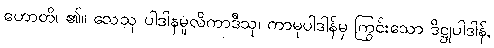
ဟောတိ၊ ၏။ သေသု ပါဒါနမူလိကာဒီသု၊ ကာမုပါဒါန်မှ ကြွင်းသော ဒိဋ္ဌုပါဒါန်,